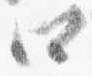
四